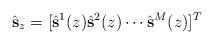
LaTeX: \begin{align*} \hat{\mathbf{s}}_z=[\hat{\mathbf{s}}^1(z) \hat{\mathbf{s}}^2(z) \cdots \hat{\mathbf{s}}^{M}(z)]^T\end{align*}